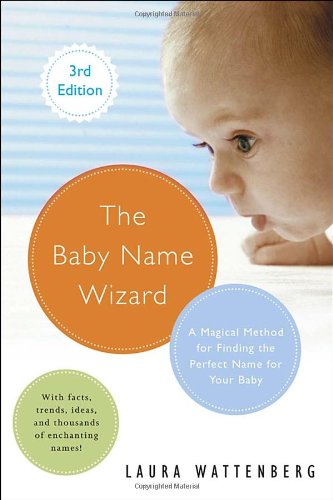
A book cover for The Baby Name Wizard, Revised 3rd Edition: A Magical Method for Finding the Perfect Name for Your Baby; Laura Wattenberg; Parenting & Relationships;